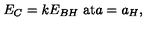
E _ { C } = k E _ { B H } \ \mathrm { a t } a = a _ { H } ,